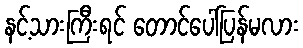
နင့်သားကြီးရင် တောင်ပေါ်ပြန်မလား